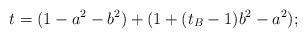
LaTeX: \begin{align*}t = (1 - a^{2} - b^{2}) + (1 + (t_{B} - 1)b^{2} - a^{2});\end{align*}